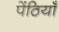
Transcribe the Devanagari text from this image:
पेंठियाँ